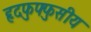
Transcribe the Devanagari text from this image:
हृदफुफ्फुसीय